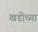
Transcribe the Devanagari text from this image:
खडीच्या